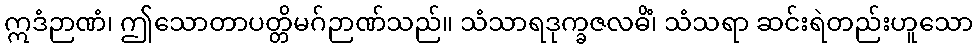
ဣဒံဉာဏံ၊ ဤသောတာပတ္တိမဂ်ဉာဏ်သည်။ သံသာရဒုက္ခဇလဓိံ၊ သံသရာ ဆင်းရဲတည်းဟူသော